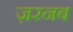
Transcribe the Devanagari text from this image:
ज़रनब